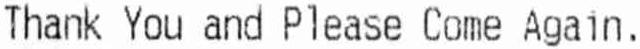
THANK YOU AND PLEASE COME AGAIN.